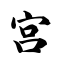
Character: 宫